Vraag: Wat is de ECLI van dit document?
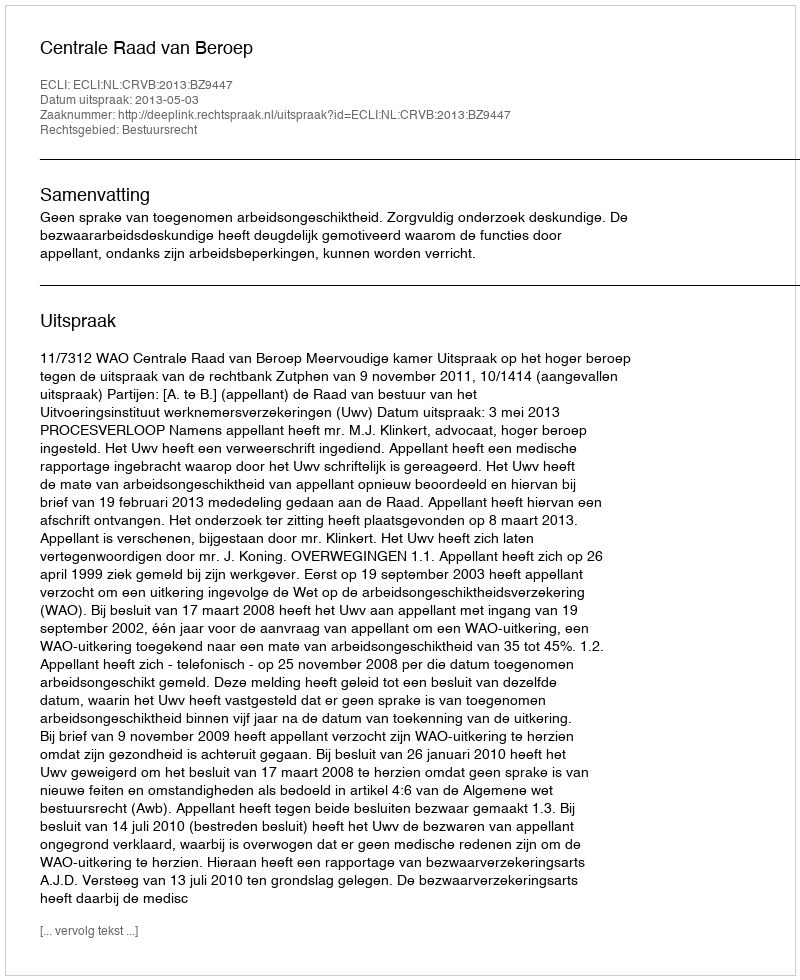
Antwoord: ECLI:NL:CRVB:2013:BZ9447